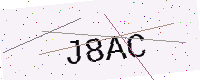
Text: J8AC